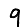
Digit: 9